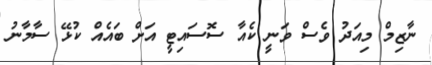
ނާޒިމް މިއަދު ވެސް ވަނީ ކެއާ ސޮސައިޓީ އަށް ބައެއް ކުޅޭ ސާމާނު